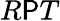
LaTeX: R\mathsf{P}T